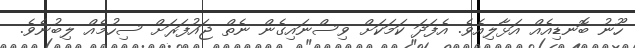
ހޫނު ބޮނޑިއެއް އަޅާލިއެވެ. އެފަދަ ކަމަކަށް ވިސްނައިގެން ނެތް ޖައުފަރަށް ސިހުމެއް ލިބުނެވެ.